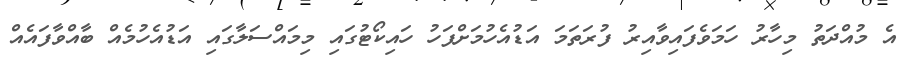
އެ މުއްދަތު މިހާރު ހަމަވެފައިވާއިރު ފުރަަތަމަ އަޑުއެހުމަށްފަހު ހައިކޯޓުގައި މިމައްސަލާގައި އަޑުއެހުމެއް ބާއްވާފައެއް